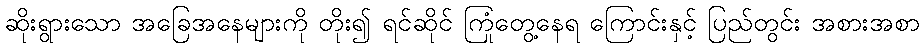
ဆိုးရွားသော အခြေအနေများကို တိုး၍ ရင်ဆိုင် ကြုံတွေ့နေရ ကြောင်းနှင့် ပြည်တွင်း အစားအစာ